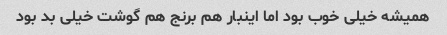
همیشه خیلی خوب بود اما اینبار هم برنج هم گوشت خیلی بد بود